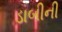
ડાબીની